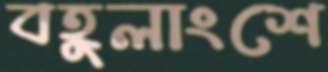
বহুলাংশে